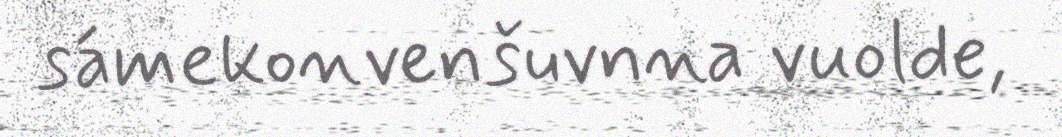
sámekonvenšuvnna vuolde,